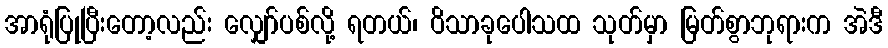
အာရုံပြုပြီးတော့လည်း လျှော်ပစ်လို့ ရတယ်၊ ဝိသာခုပေါသထ သုတ်မှာ မြတ်စွာဘုရားက အဲဒီ